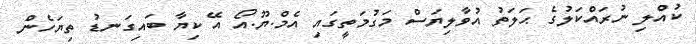
ކުއްލި ނުރައްކަލުގެ ޙަލަތު އުވާލިޔަސް މަގުމަތީގައި އެމް.ޔޫ.އޯ އޭ ކިޔާ ބައިގަނޑު ތިޔަހެން